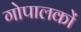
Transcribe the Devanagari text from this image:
गोपालकों